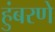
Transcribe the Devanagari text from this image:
हुंबरणे